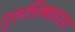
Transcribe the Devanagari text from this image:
गुरुशिष्यपण